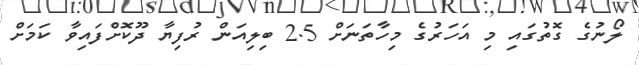
ލޯނުގެ ގޮތުގައި މި އަހަރުގެ މިހާތަނަށް 2.5 ބިލިއަން ރުފިޔާ ދޫކޮށްފައިވާ ކަމަށް